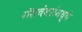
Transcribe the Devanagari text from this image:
गॅसचेंबरांमध्ये